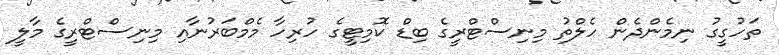
ތަހުގީގު ނިމެންދެން ހެލްތު މިނިސްޓްރީގެ ބިޑް ކޮމިޓީގެ ހުރިހާ މެމްބަރުނާއި މިނިސްޓްރީގެ މާލީ